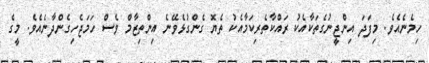
ހިމެނެއެވެ. މިފަދަ އިންޖީނުގެތަކާއެކު ރައްކާތެރިކަމާއެކު ތެޔޮ ގެންގުޅެވޭނެ އިންތިޒާމް ވެސް ހަމަޖެހިގެންދާނެއެވެ. މީގެ